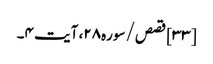
[۳۳] قصص/سوره۲۸، آیت ۴۔